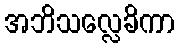
အဘိသလ္လေခိကာ